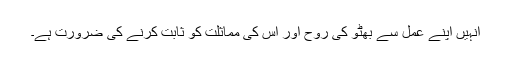
انہیں اپنے عمل سے بھٹو کی روح اور اس کی مماثلت کو ثابت کرنے کی ضرورت ہے۔